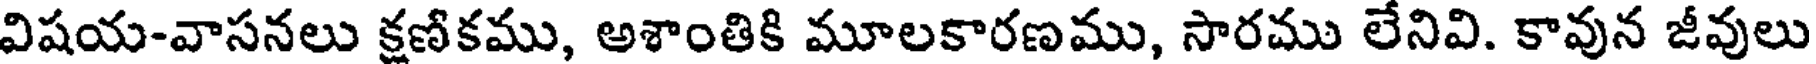
విషయ-వాసనలు క్షణికము, అశాంతికి మూలకారణము, సారము లేనివి. కావున జీవులు